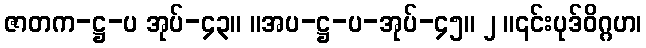
ဇာတက-ဋ္ဌ-ပ အုပ်-၄၃။ ။အပ-ဋ္ဌ-ပ-အုပ်-၄၅။ ၂ ။၎င်းပုဒ်ဝိဂ္ဂဟ၊